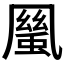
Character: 𠙬